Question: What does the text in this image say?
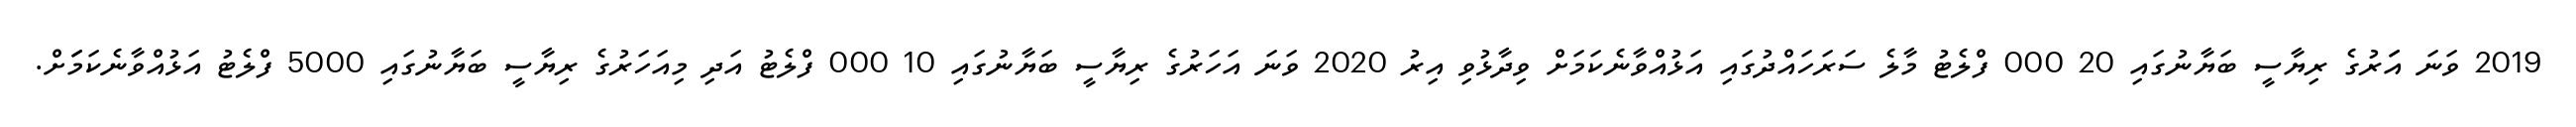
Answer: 2019 ވަނަ އަަރުގެ ރިޔާސީ ބަޔާނުގައި 20 000 ފްލެޓު މާލެ ސަރަހައްދުގައި އަޅުއްވާނެކަމަށް ވިދާޅުވި އިރު 2020 ވަނަ އަހަރުގެ ރިޔާސީ ބަޔާނުގައި 10 000 ފްލެޓު އަދި މިއަހަރުގެ ރިޔާސީ ބަޔާނުގައި 5000 ފްލެޓު އަޅުއްވާނެކަމަަށް.